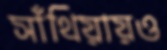
সাঁথিয়ায়ও